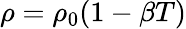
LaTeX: \rho=\rho_{0}(1-\beta T)